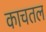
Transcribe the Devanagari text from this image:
काचतल